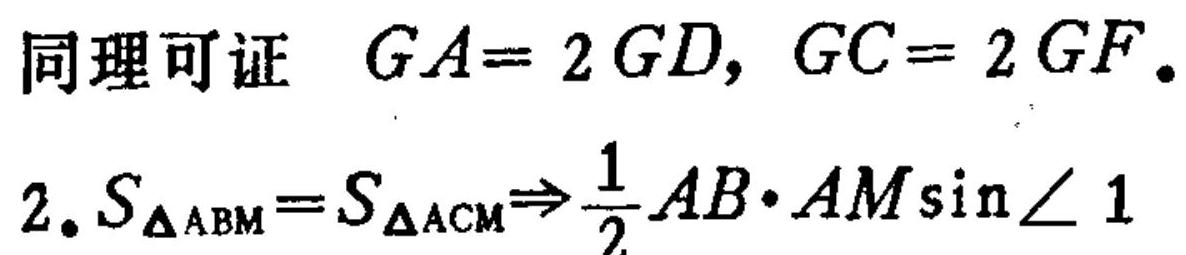
同理可证 \(GA = 2GD, GC = 2GF\)。
2. \(S_{\triangle ABM}=S_{\triangle ACM}\Rightarrow\frac{1}{2}AB\cdot AM\sin\angle 1\)